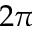
2 \pi